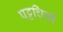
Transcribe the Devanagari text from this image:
पट्टचित्रों